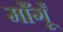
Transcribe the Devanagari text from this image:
माँगूँ